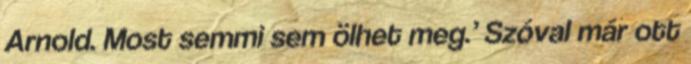
Arnold. Most semmi sem ölhet meg.’ Szóval már ott